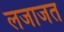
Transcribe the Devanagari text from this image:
लजाजत